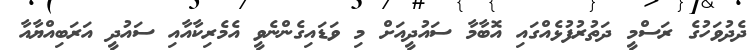
ދެދުވަހުގެ ރަސްމީ ދަތުރުފުޅެއްގައި އޮބާމާ ސައުދީއަށް މި ވަޑައިގެންނެވީ އެމެރިކާއާއި ސައުދީ އަރަބިއްޔާއާ